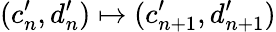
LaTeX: (c_{n}^{\prime},d_{n}^{\prime})\mapsto(c_{n+1}^{\prime},d_{n+1}^{\prime})